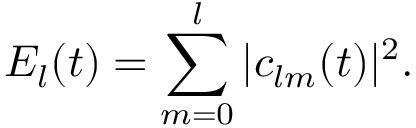
E _ { l } ( t ) = \sum _ { m = 0 } ^ { l } | c _ { l m } ( t ) | ^ { 2 } .